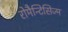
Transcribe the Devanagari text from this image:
रोमैन्टिसिज्म